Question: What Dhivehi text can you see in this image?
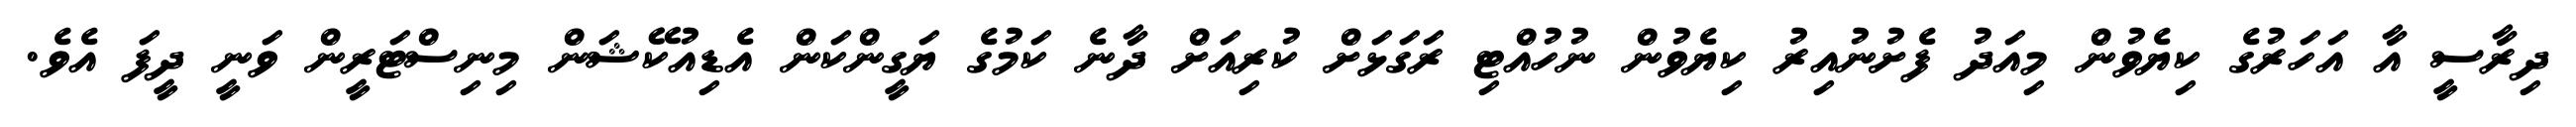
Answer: ދިރާސީ އާ އަހަރުގެ ކިޔެވުން މިއަދު ފެށުނުއިރު ކިޔެވުން ނުހުއްޓި ރަގަޅަށް ކުރިއަށް ދާނެ ކަމުގެ ޔަގީންކަން އެޑިއުކޭޝަން މިނިސްޓަރީން ވަނީ ދީފަ އެވެ.